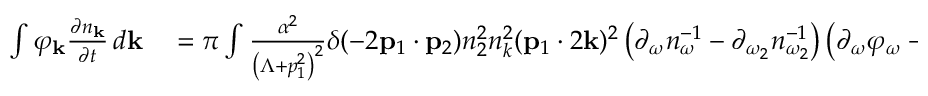
\begin{array} { r l } { \int \varphi _ { \bf k } \frac { \partial n _ { \bf k } } { \partial t } \, d { \bf k } } & { { } = \pi \int \frac { \alpha ^ { 2 } } { \left( \Lambda + p _ { 1 } ^ { 2 } \right) ^ { 2 } } \delta ( - 2 { \bf p } _ { 1 } \cdot { \bf p } _ { 2 } ) n _ { 2 } ^ { 2 } n _ { k } ^ { 2 } ( { \bf p } _ { 1 } \cdot 2 { \bf k } ) ^ { 2 } \left( \partial _ { \omega } n _ { \omega } ^ { - 1 } - \partial _ { \omega _ { 2 } } n _ { \omega _ { 2 } } ^ { - 1 } \right) \left( \partial _ { \omega } \varphi _ { \omega } - \partial _ { \omega _ { 2 } } \varphi _ { \omega _ { 2 } } \right) d { \bf k } _ { 1 } \, d { \bf k } _ { 2 } \, d { \bf k } , } \end{array}